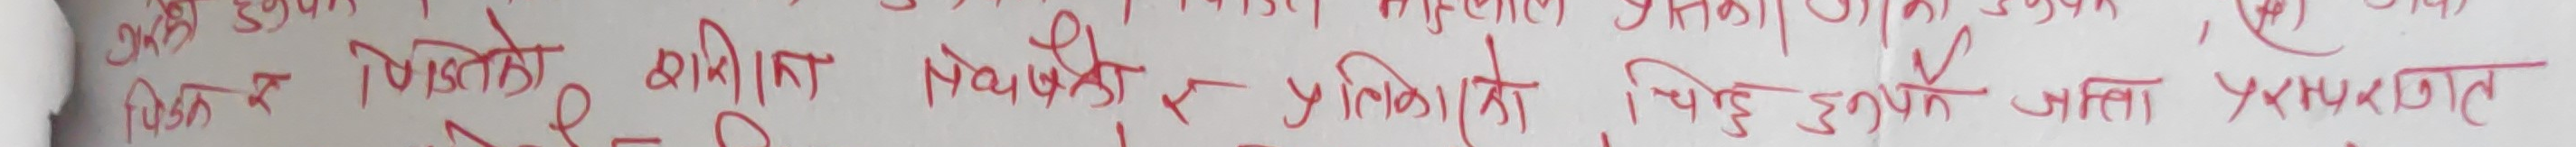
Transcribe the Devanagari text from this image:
चित्र र सज्जित गरिएको रेखाचित्र प्रतिरूप वा चित्र हुनुपर्ने जति पर्याप्त